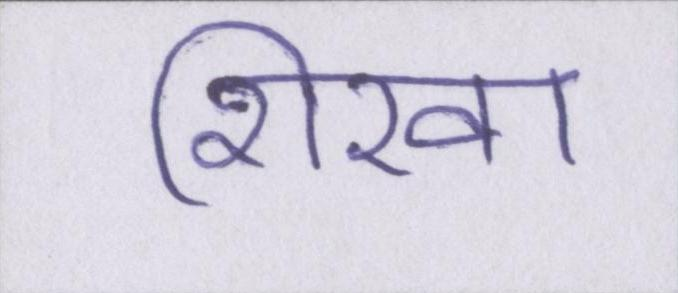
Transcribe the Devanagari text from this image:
शिखा